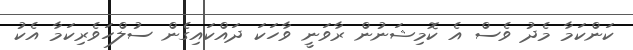
ކަންކަމާ މެދު ވެސް އެ ކޮމިޝަނުން ރާވަނީ ވާހަކަ ދައްކައިގެން ސުލްހަވެރިކަމާ އެކު